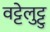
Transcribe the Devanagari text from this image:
वट्टेलुट्टु